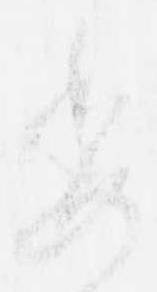
委